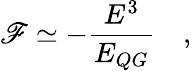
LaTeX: \mathscr{F}\simeq-{\frac{{E^{3}}}{{E_{QG}}}}\quad,